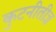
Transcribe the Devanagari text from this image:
कुटनीतीज्ञ